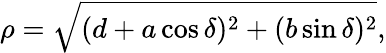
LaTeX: \rho=\sqrt{(d+a\cos\delta)^{2}+(b\sin\delta)^{2}},